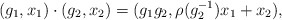
\begin{align*}(g_1,x_1)\cdot(g_2,x_2)=(g_1g_2,\rho(g_2^{-1})x_1+x_2),\end{align*}